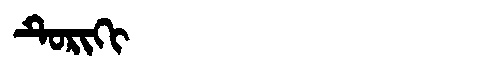
Manchu: ᡨᡠᡵᡳᡴᡳ
Romanization: TURIKI